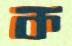
ক